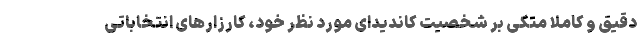
دقیق و کاملاً متکی بر شخصیت کاندیدای مورد نظر خود، کارزارهای انتخاباتی